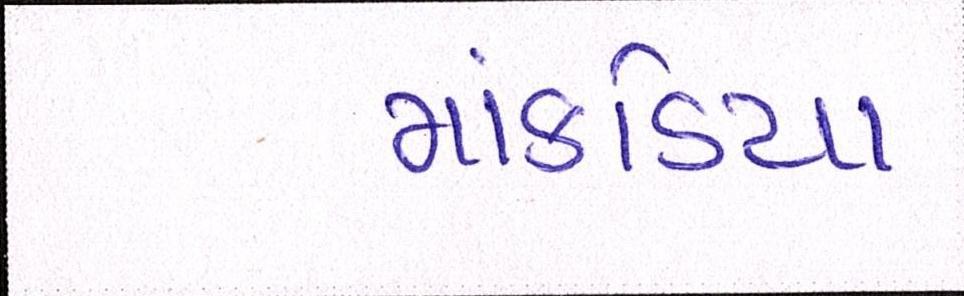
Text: માંકડિયા